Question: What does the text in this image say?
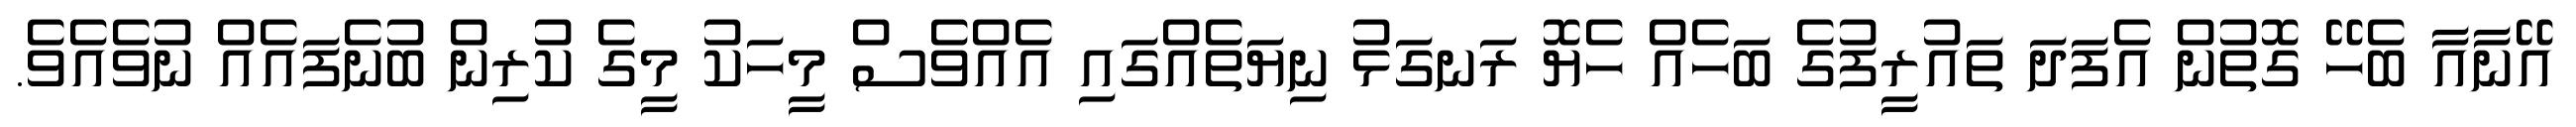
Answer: އޭނާއާ ބެހޭ ގޮތުން އެފަދަ ތައުރީފުގެ ބަހެއް ހެޔޮ ރަނގަޅު ނިޔަތެއްގައި އެއްވެސް މީހަކު މީގެ ކުރިން ބުނެފައެއް ނުވެއެވެ.